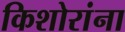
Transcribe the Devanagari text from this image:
किशोरांना